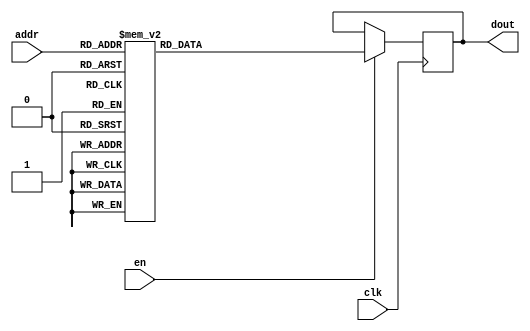
`timescale 1ns / 1ps
/*
Copyright
All right reserved.
Module Name: rom_syn
Author  : Zichuan Liu, Yixing Li and Wenye Liu.
Description:
A synthesized ROM: ROM_DEP x ROM_WID
*/
module DC_8_REF_ROM_9(
// inputs
clk,
en,
addr,
// outputs
dout
);
localparam ROM_WID = 14;
localparam ROM_DEP = 32;
localparam ROM_ADDR = 5;
// input definition
input clk;
input en;
input [ROM_ADDR-1:0] addr;
// output definition
output [ROM_WID-1:0] dout;
reg [ROM_WID-1:0] data;
always @(posedge clk)
begin
if (en) begin
case(addr)
		5'd0: data <= 14'b01000111001100;
		5'd1: data <= 14'b01000110111110;
		5'd2: data <= 14'b01001010110011;
		5'd3: data <= 14'b01001101100110;
		5'd4: data <= 14'b01000111000101;
		5'd5: data <= 14'b01000110010001;
		5'd6: data <= 14'b01001001010101;
		5'd7: data <= 14'b01000000110100;
		5'd8: data <= 14'b01001110000101;
		5'd9: data <= 14'b01000101111001;
		5'd10: data <= 14'b01001111010111;
		5'd11: data <= 14'b01000101111101;
		5'd12: data <= 14'b01000101011001;
		5'd13: data <= 14'b01001001101100;
		5'd14: data <= 14'b01000110110010;
		5'd15: data <= 14'b01001000110101;
		5'd16: data <= 14'b01001110100001;
		5'd17: data <= 14'b00111101000011;
		5'd18: data <= 14'b01001001000101;
		5'd19: data <= 14'b01000011001010;
		5'd20: data <= 14'b01000101110111;
		5'd21: data <= 14'b01001111010011;
		5'd22: data <= 14'b01001010010100;
		5'd23: data <= 14'b01001001001010;
		5'd24: data <= 14'b01001000011001;
		5'd25: data <= 14'b01001001101101;
		5'd26: data <= 14'b01000101110001;
		5'd27: data <= 14'b01001001011000;
		5'd28: data <= 14'b01001110110000;
		5'd29: data <= 14'b01001001100111;
		5'd30: data <= 14'b01000101010111;
		5'd31: data <= 14'b01001000010000;
		endcase
		end
	end
	assign dout = data;
endmodule